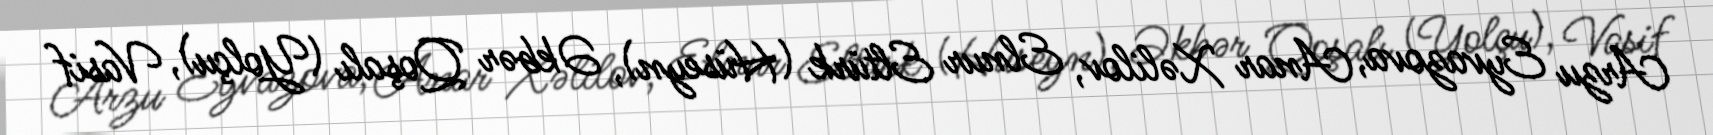
Arzu Eyvazova, Anar Xəlilov, Elnur Eltürk (Hüseyn), Əkbər Qoşalı (Yolçu), Vasif